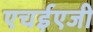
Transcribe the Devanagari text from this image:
एचईएजी